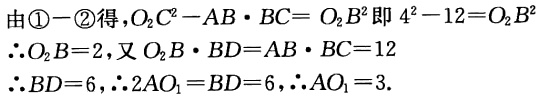
由\textcircled{1}$-$\textcircled{2}得，$O_{2}C^{2}-AB\cdot BC = O_{2}B^{2}$即$4^{2}-12 = O_{2}B^{2}$

$\therefore O_{2}B = 2$，又$O_{2}B\cdot BD = AB\cdot BC = 12$

$\therefore BD = 6$，$\therefore 2AO_{1}=BD = 6$，$\therefore AO_{1}=3$.